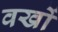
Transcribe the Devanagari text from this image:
वखों